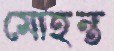
মোহন্ত